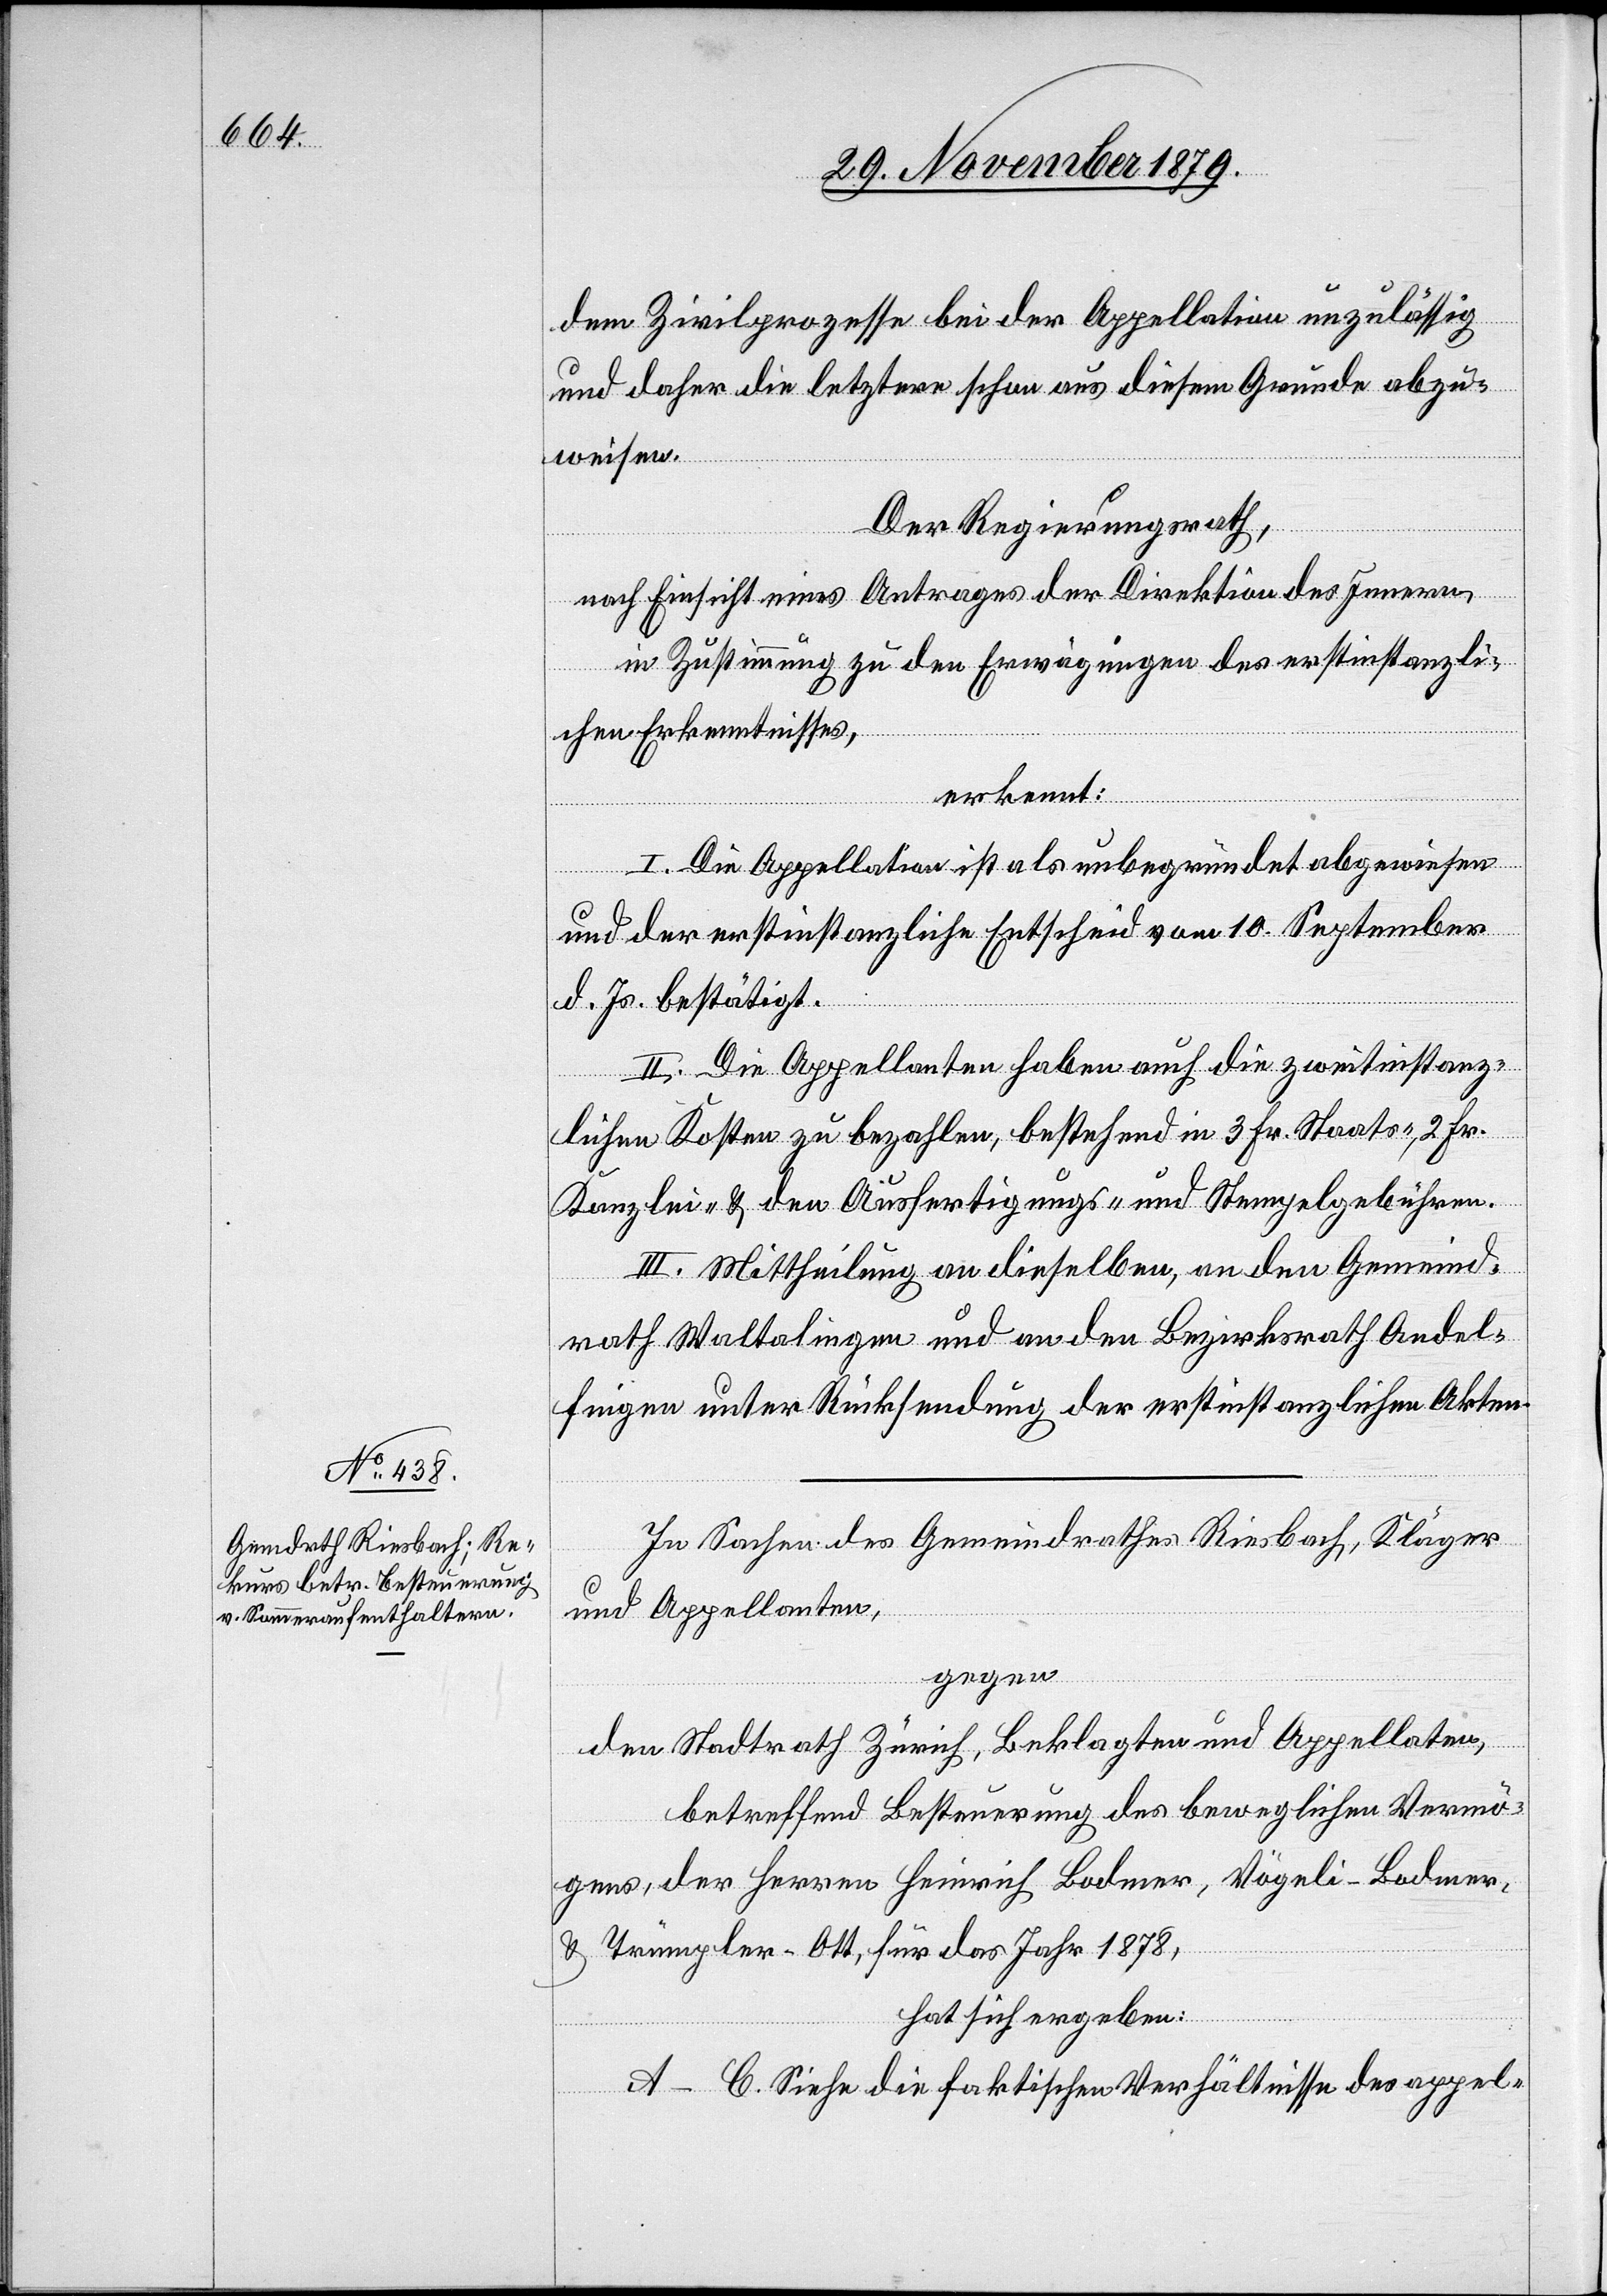
dem Zivilprozesse bei der Appellation unzulässig
und daher die letztere schon aus diesem Grunde abzu¬
weisen.
Der Regierungsrath,
nach Einsicht eines Antrages der Direktion des Innern,
in Zustimmung zu den Erwägungen des erstinstanzli¬
chen Erkenntnisses,
erkennt:
I. Die Appellation ist als unbegründet abgewiesen
und der erstinstanzliche Entscheid vom 10. September
d. Js. bestätigt.
II. Die Appellanten haben auch die zweitinstanz¬
lichen Kosten zu bezahlen, bestehend in 3 Fr. Staats-, 2 Fr.
Kanzlei- & den Ausfertigungs- und Stempelgebühren.
III. Mittheilung an dieselben, an den Gemeind¬
rath Waltalingen und an den Bezirksrath Andel¬
fingen unter Rücksendung der erstinstanzlichen Akten.
In Sachen des Gemeindrathes Riesbach, Kläger
und Appellanten,
gegen
den Stadtrath Zürich, Beklagten und Appellaten,
betreffend Besteuerung des beweglichen Vermö¬
gens, der Herren Heinrich Bodmer, Vögeli-Bodmer,
& Trümpler-Ott, für das Jahr 1878,
hat sich ergeben:
A–C. Siehe die faktischen Verhältnisse des appel-